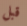
قبل